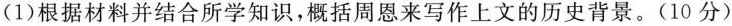
(1)根据材料并结合所学知识，概括周恩来写作上文的历史背景。(10分)